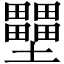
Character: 壨